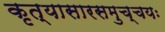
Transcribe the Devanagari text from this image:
कृत्यासारसमुच्चयः